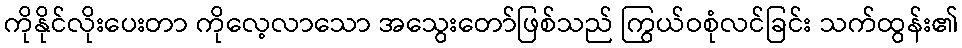
ကိုနိုင်လိုးပေးတာ ကိုလေ့လာသော အသွေးတော်ဖြစ်သည် ကြွယ်ဝစုံလင်ခြင်း သက်ထွန်း၏